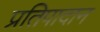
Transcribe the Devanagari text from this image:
प्रतिपादान